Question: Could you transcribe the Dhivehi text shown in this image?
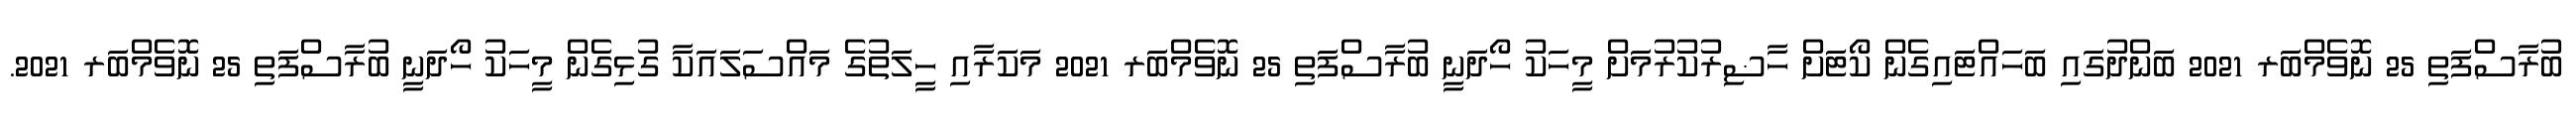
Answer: ބުރާސްފަތި 25 ނޮވެމްބަރ 2021 ބަންދުގައި ބަހައްޓައިގެން ކޯޓަށް ހާޟިރުކުރުމަށް މީހަކު ހޯދަނީ ބުރާސްފަތި 25 ނޮވެމްބަރ 2021 މަކަރާއި ހީލަތުގެ މައްސަލައަކާ ގުޅިގެން މީހަކު ހޯދަނީ ބުރާސްފަތި 25 ނޮވެމްބަރ 2021.